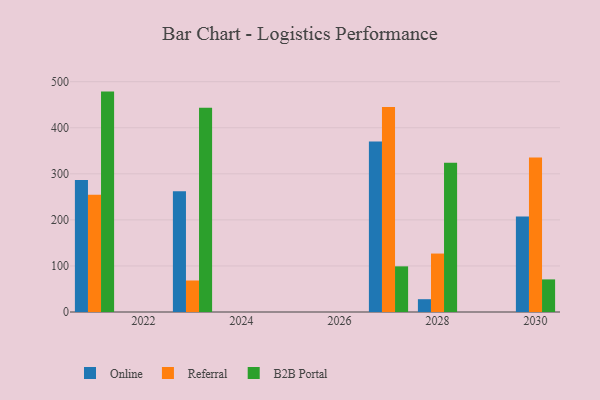
{"axis": {"x": "Year", "y": "Population (Million)"}, "legend": ["B2B Portal", "Online", "Referral"], "data": [{"x": "2030", "y": 207.5, "type": "Online"}, {"x": "2030", "y": 335.6, "type": "Referral"}, {"x": "2030", "y": 70.8, "type": "B2B Portal"}, {"x": "2023", "y": 262.3, "type": "Online"}, {"x": "2023", "y": 68.4, "type": "Referral"}, {"x": "2023", "y": 443.4, "type": "B2B Portal"}, {"x": "2027", "y": 369.9, "type": "Online"}, {"x": "2027", "y": 445.0, "type": "Referral"}, {"x": "2027", "y": 99.1, "type": "B2B Portal"}, {"x": "2028", "y": 27.8, "type": "Online"}, {"x": "2028", "y": 126.9, "type": "Referral"}, {"x": "2028", "y": 323.8, "type": "B2B Portal"}, {"x": "2021", "y": 286.4, "type": "Online"}, {"x": "2021", "y": 254.6, "type": "Referral"}, {"x": "2021", "y": 478.5, "type": "B2B Portal"}]}